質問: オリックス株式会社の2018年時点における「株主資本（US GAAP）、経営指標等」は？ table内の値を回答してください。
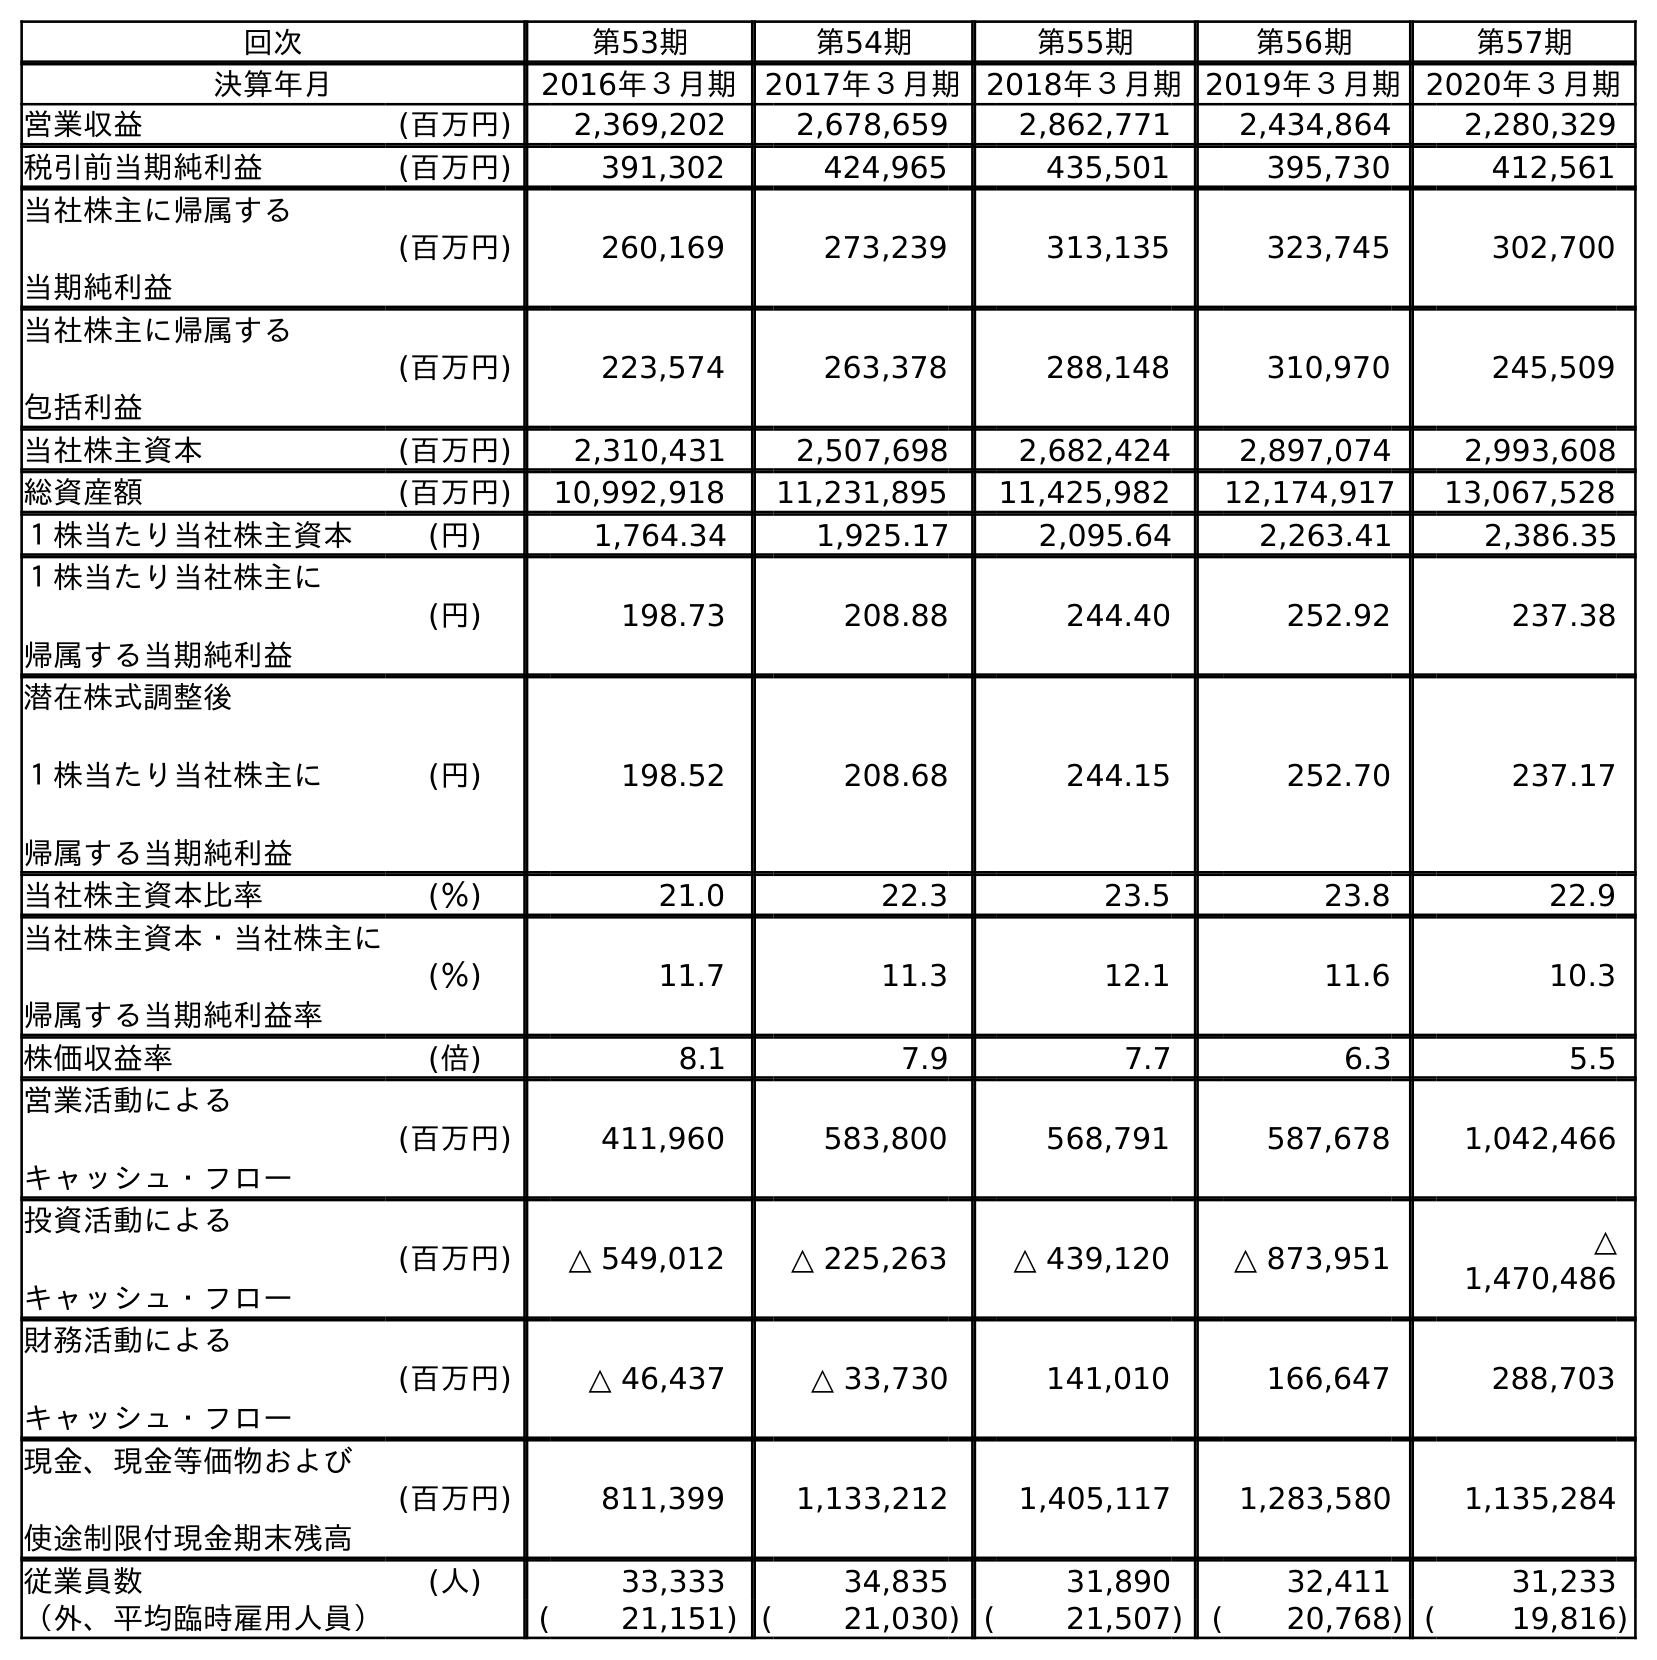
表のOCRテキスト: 回次 第53期 第54期 第55期 第56期 第57期 決算年月 2016年３月期 2017年３月期 2018年３月期2019年３月期2020年３月期 営業収益 (百万円) 2,369,202 2,678,659 2,862,771 2,434,864 2,280,329 税引前当期純利益 (百万円) 391,302 424,965 435,501 395,730 412,561 当社株主に帰属する 当期純利益 (百万円) 260,169 273,239 313,135 323,745 302,700 当社株主に帰属する 包括利益 (百万円) 223,574 263,378 288,148 310,970 245,509 当社株主資本 (百万円) 2,310,431 2,507,698 2,682,424 2,897,074 2,993,608 総資産額 (百万円) 10,992,918 11,231,895 11,425,982 12,174,917 13,067,528 １株当たり当社株主資本 (円) 1,764.34 1,925.17 2,095.64 2,263.41 2,386.35 １株当たり当社株主に 帰属する当期純利益 (円) 198.73 208.88 244.40 252.92 237.38 潜在株式調整後 １株当たり当社株主に 帰属する当期純利益 (円) 198.52 208.68 244.15 252.70 237.17 当社株主資本比率 (％) 21.0 22.3 23.5 23.8 22.9 当社株主資本・当社株主に 帰属する当期純利益率 (％) 11.7 11.3 12.1 11.6 10.3 株価収益率 (倍) 8.1 7.9 7.7 6.3 5.5 営業活動による キャッシュ・フロー (百万円) 411,960 583,800 568,791 587,678 1,042,466 投資活動による キャッシュ・フロー (百万円) △ 549,012 △ 225,263 △ 439,120 △ 873,951 △ 1,470,486 財務活動による キャッシュ・フロー (百万円) △ 46,437 △ 33,730 141,010 166,647 288,703 現金、現金等価物および 使途制限付現金期末残高 (百万円) 811,399 1,133,212 1,405,117 1,283,580 1,135,284 従業員数 (人) 33,333 34,835 31,890 32,411 31,233 （外、平均臨時雇用人員） ( 21,151) ( 21,030) ( 21,507) ( 20,768) ( 19,816)
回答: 2,682,424